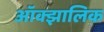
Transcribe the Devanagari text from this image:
ऑक्झालिक